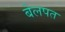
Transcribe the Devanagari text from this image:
बेलपत